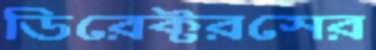
ডিরেক্টরসের